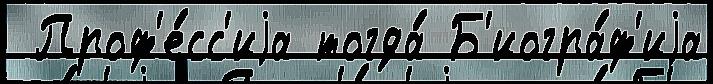
 Проф'е́сс'иjа тогда́ Б'иогра́ф'иjа